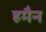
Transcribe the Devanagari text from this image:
हमैन